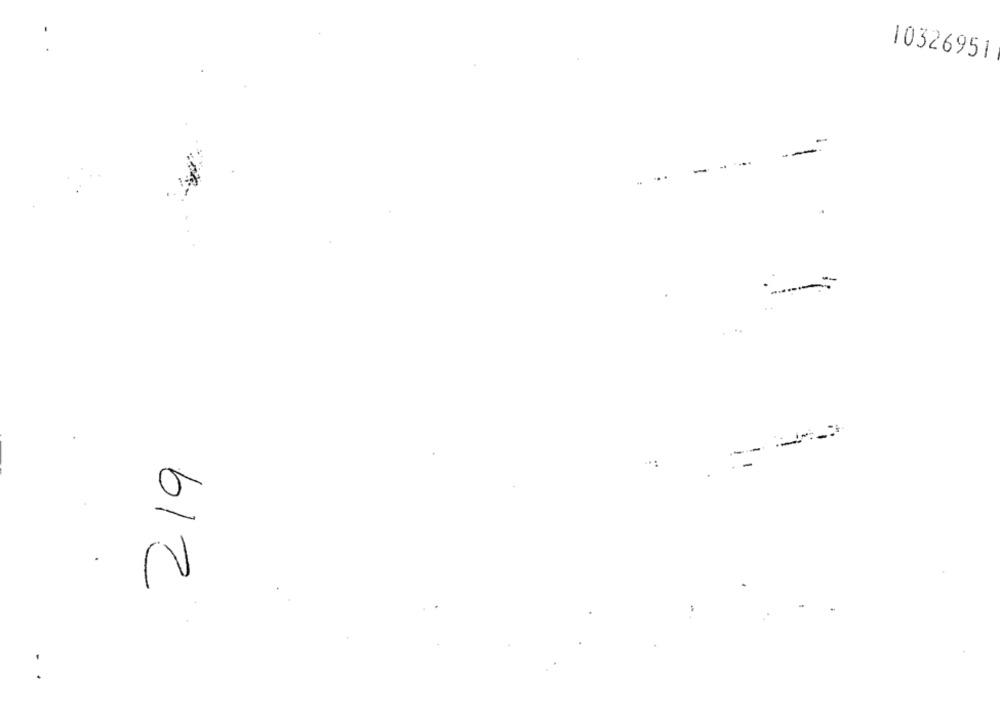
10326951
--
219
...
0